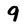
Character: 9